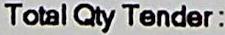
TOTAL QTY TENDER :